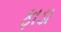
ફાડા